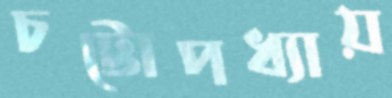
চট্টোপধ্যায়